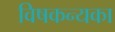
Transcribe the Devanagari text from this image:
विषकन्यका